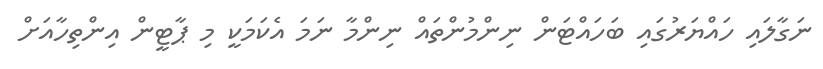
ނަގާލައި ހައްޔަރުގައި ބަހައްޓަން ނިންމުންތައް ނިންމާ ނަމަ އެކަމަކީ މި ޕާޓީން އިންތިހާއަށް